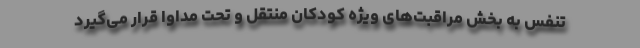
تنفس به بخش مراقبت‌های ویژه کودکان منتقل و تحت مداوا قرار می‌گیرد